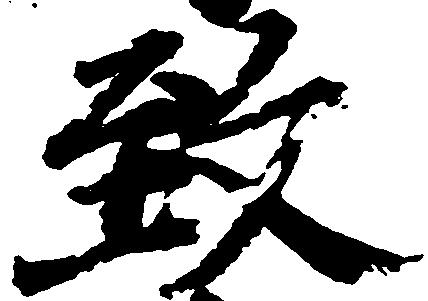
致